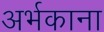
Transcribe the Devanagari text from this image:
अर्भकाना